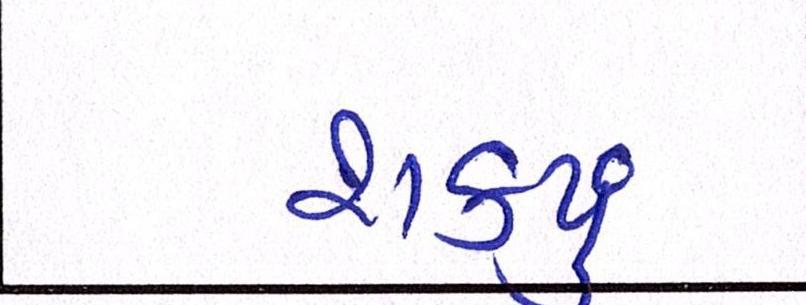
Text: શકયું